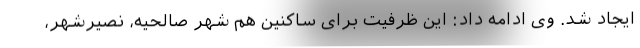
ایجاد شد. وی ادامه داد: این ظرفیت برای ساکنین هم شهر صالحیه، نصیرشهر،